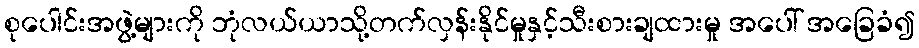
စုပေါင်းအဖွဲ့များကို ဘုံလယ်ယာသို့တက်လှန်းနိုင်မှုနှင့်သီးစားချထားမှု အပေါ် အခြေခံ၍